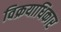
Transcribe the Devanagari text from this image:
विक्रयाधिकार